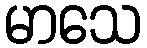
မာသေ